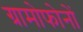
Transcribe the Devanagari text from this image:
ग्रामोफोनों